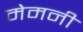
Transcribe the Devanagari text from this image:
मेमनी